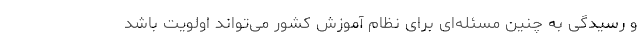
و رسیدگی به چنین مسئله‌ای برای نظام آموزش کشور می‌تواند اولویت باشد